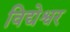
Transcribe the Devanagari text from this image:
विद्येश्वर